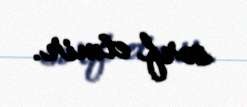
sərf etmir.